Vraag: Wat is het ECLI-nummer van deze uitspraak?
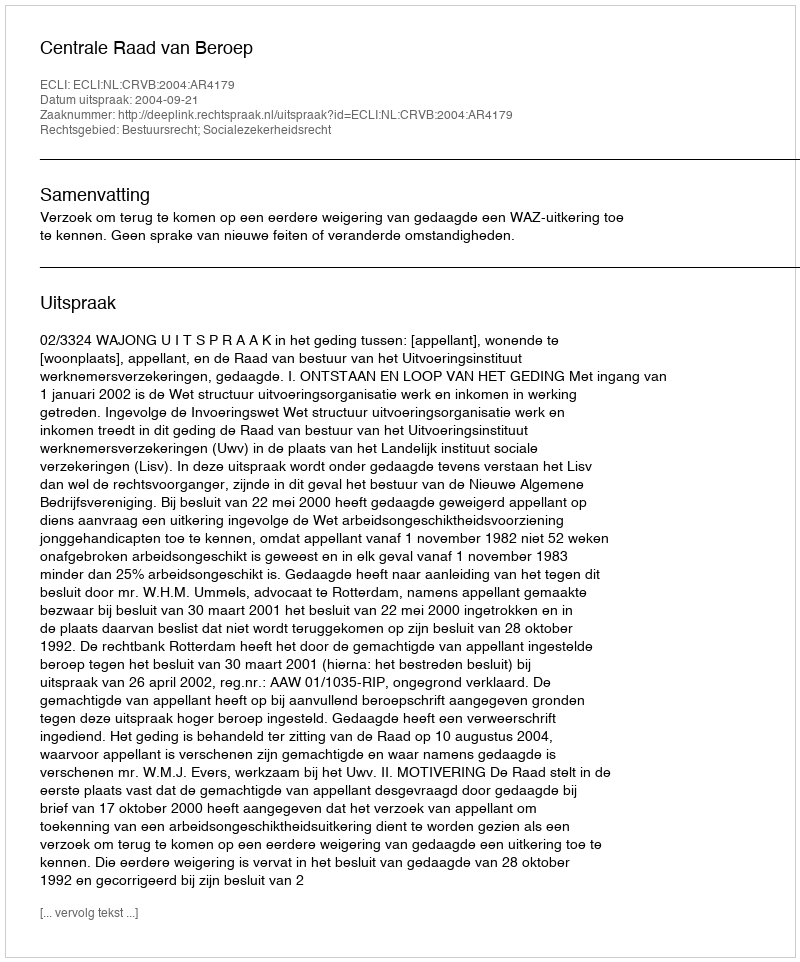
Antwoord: ECLI:NL:CRVB:2004:AR4179